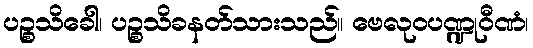
ပဉ္စသိခေါ၊ ပဉ္စသိခနတ်သားသည်။ ဗေလုဝပဏ္ဍုဝီဏံ၊